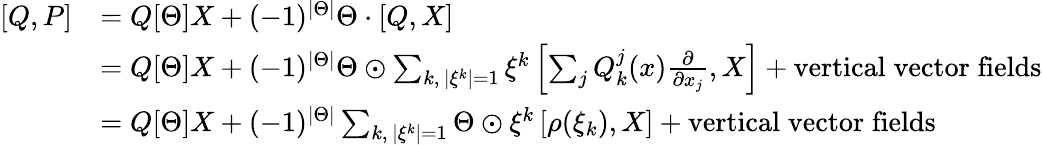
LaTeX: \begin{array}{rl}{[Q,P]}&{=Q[\Theta]X+(-1)^{|\Theta|}\Theta\cdot[Q,X]}\\ &{=Q[\Theta]X+(-1)^{|\Theta|}\Theta\odot\sum_{k,\, |\xi^{k}|=1}\xi^{k}\left[\sum_{j}Q_{k}^{j}(x)\frac{\partial}{\partial x_{j}},X\right]+\mathrm{vertical\; vector\; fields}}\\ &{=Q[\Theta]X+(-1)^{|\Theta|}\sum_{k,\, |\xi^{k}|=1}\Theta\odot\xi^{k}\left[\rho(\xi_{k}),X\right]+\mathrm{vertical\; vector\; fields}}\end{array}